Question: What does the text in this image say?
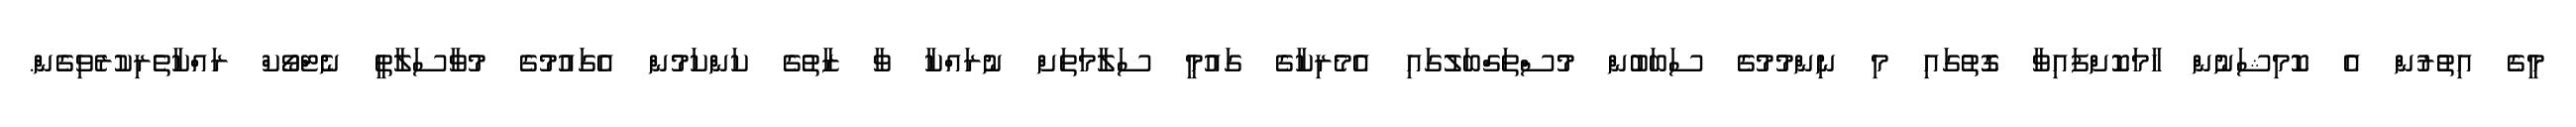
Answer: މީގެ އިތުރުން އެ ކޮމިޝަނުން ހާމަކޮށްފައިވާ ގޮތުގައި މި ނިންމުމުގެ ސަބަބުން މުސްތަގްބަލުގައި އެމެރިކާގެ ގައުމީ ސަލާމަތަށް ނުރައްކާ ވާ ޒާތުގެ ކަންކަމުން އެގައުމުގެ މުވާސަލާތީ ނެޓްވޯކް ރައްކާތެރިކުރެވިގެން.